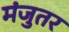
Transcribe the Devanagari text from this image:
मंजुतर